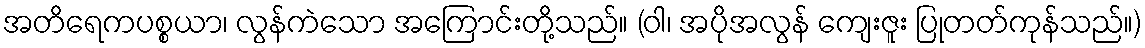
အတိရေကပစ္စယာ၊ လွန်ကဲသော အကြောင်းတို့သည်။ (ဝါ၊ အပိုအလွန် ကျေးဇူး ပြုတတ်ကုန်သည်။)